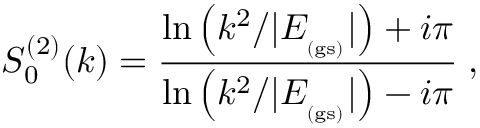
S _ { 0 } ^ { ( 2 ) } ( k ) = \frac { \ln \left( k ^ { 2 } / | E _ { _ \mathrm { ( g s ) } } | \right) + i \pi } { \ln \left( k ^ { 2 } / | E _ { _ \mathrm { ( g s ) } } | \right) - i \pi } \; ,